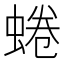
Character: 蜷